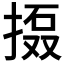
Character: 𱠗